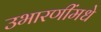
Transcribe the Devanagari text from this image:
उभारणींमधे